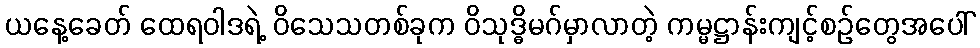
ယနေ့ခေတ် ထေရဝါဒရဲ့ ဝိသေသတစ်ခုက ဝိသုဒ္ဓိမဂ်မှာလာတဲ့ ကမ္မဋ္ဌာန်းကျင့်စဉ်တွေအပေါ်